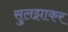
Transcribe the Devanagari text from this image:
सुलझाकर